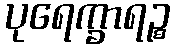
ပုရေက္ခာရဉ္စ